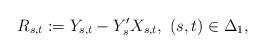
LaTeX: \begin{align*} R_{s,t}:=Y_{s,t}-Y_s'X_{s,t}, \ (s,t)\in \Delta_1, \end{align*}